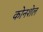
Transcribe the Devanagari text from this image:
कोनशेल